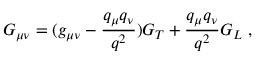
{ G } _ { \mu \nu } = ( g _ { \mu \nu } - \frac { q _ { \mu } q _ { \nu } } { q ^ { 2 } } ) G _ { T } + \frac { q _ { \mu } q _ { \nu } } { q ^ { 2 } } G _ { L } ~ ,